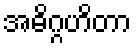
အဓိဂ္ဂဟိတာ